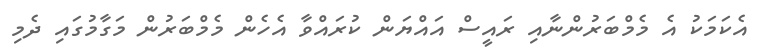
އެކަމަކު އެ މެމްބަރުންނާއި ރައީސް އައްޔަން ކުރައްވާ އެހެން މެމްބަރުން މަގާމުގައި ދެމި